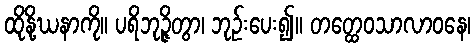
ထိုနို့ဃနာကို။ ပရိဘုဉ္ဇိတွာ၊ ဘုဉ်းပေး၍။ တတ္ထေဝသာလာဝနေ၊